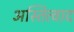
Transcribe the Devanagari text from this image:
अस्तित्वाद